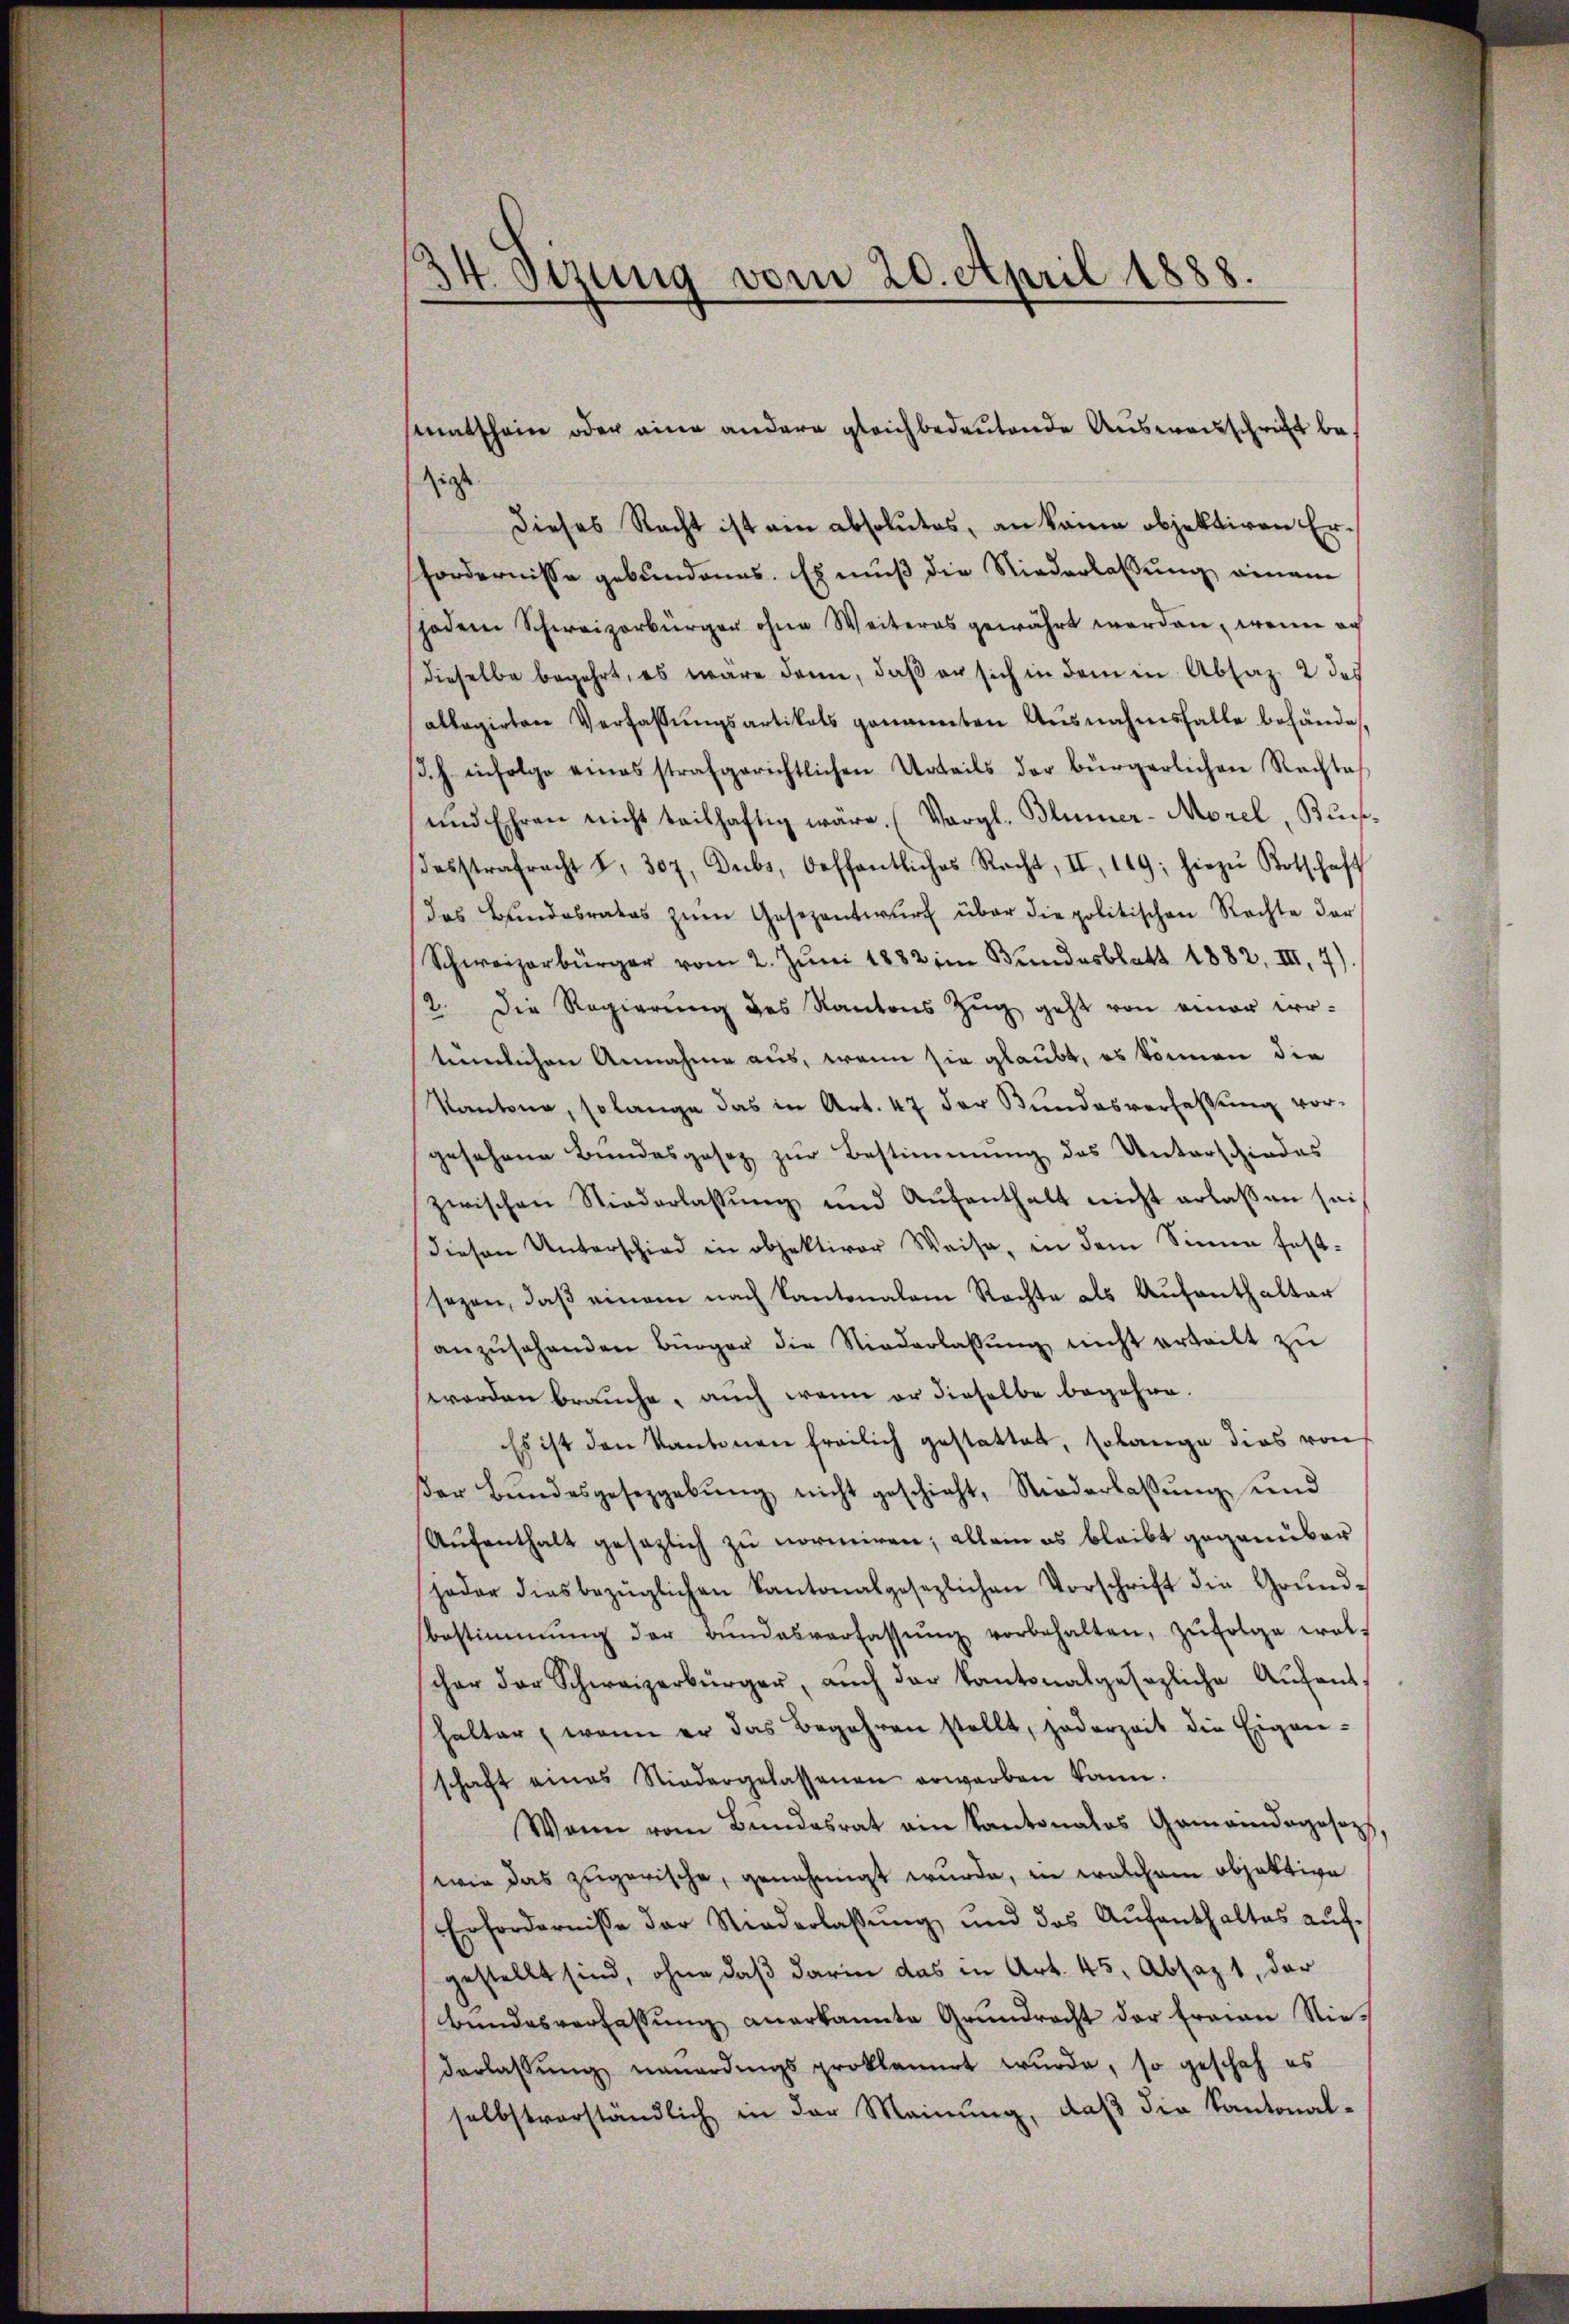
34 Otzung vom 20. April 1888.

senatschein oder eine andere gleichbedeutende Ausweisschrift bezigste
Dieses Recht ist ein absolutes, an keine objektiven Ersfordernisse gebundenes. Es muß die Niederlassung einam
jodem Schweizerbürger ohne Weiteres gewährt worden, wenn au
dieselbe begehrt, es wäre dann, daß er sich in dem in Absatz 2 des
allegirten Verfassŭngsartikels genannten Aŭsnahmsfalle behände,
.h. infolge eines strafgerichtlichen Urteils der bürgerlichen Rechtes
und Ehren nicht teilhaftig wäre. (Vergl. Blümer-Morel, Bundesstrafracht I. 307. Dubs, Oeffentliches Recht, II, 119; hiezŭ Botschaft
das Bundesrates zŭm Gesezentwŭrf über die politischen Rechte der
Schweizerbürger vom 2. Jŭni 1882 im Bundesblatt 1882, III. 7)
2. Die Regierung des Kantons Zŭg geht von einer er-
teemlichen Annahme aus, wenn sie glaubt, es können die
Kantone, so lange das in Art. 47 der Bŭndesverfassŭng vor-
gesehene Bundesgesez zŭr Bestimmung des Unterschiedes
zwischen Niederlassŭng und Aŭfenthalt nicht erlassen sei
diesen Unterschied in objektiver Weise, in dem Sinne fest-
sezen, daß einem nach Cantonalem Rechte als Aufenthalter
anzŭsehenden Bürger die Niederlassŭng nicht erteilt zŭ
worden brauche, auch wenn er dieselbe begehre.
Es ist den Kantonen freilich gestattet, solange dies von
βer Bŭndesgesezgebŭng nicht geschieht, Niederlassŭng und
Aŭfenthalt gesezlich zu normiren; allein es bleibt gegenüber
jeder diesbezüglichen Kantonalgesezlichen Vorschrift die Grŭnd-
Bestimmung der Bŭndesverfassŭng vorbehalten, zŭfolge wol-
scher der Schweizerbürger, aŭch der Kantonalgesezliche Aŭfenthalter, wenn er das Begehren stellt, jederzeit die Eigen-
schaft eines Niedergelassenen erwarben kann.
Wann vom Bundesrat ain Kantonales Gemeindogosoph,
wie das zugerische, genehmigt wurde, in welchem objektive
Erfordernisse der Niederlassŭng und das Aŭfenthaltes aufgestellt sind, ohne daß darin das in Art. 45, Absagt, der
Bundesverfassung anerkannte Grundrecht der Frau Niederlassŭng neuerdings proklamirt wurde, so geschah es
selbstverständlich in der Meinŭng, daβ die Kantonal-